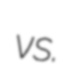
vs.